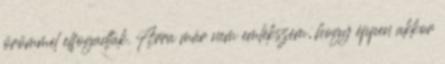
örömmel elfogadtak. Arra már nem emlékszem, hogy éppen akkor